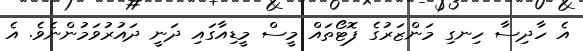
އެ ހާދިސާ ހިނގި މަންޒަރުގެ ފޮޓޯތައް މީސް މީޑިއާގައި ދަނީ ދައުރުވަމުންނެވެ. އެ